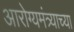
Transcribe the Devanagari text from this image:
आरोग्यमंत्र्याच्या